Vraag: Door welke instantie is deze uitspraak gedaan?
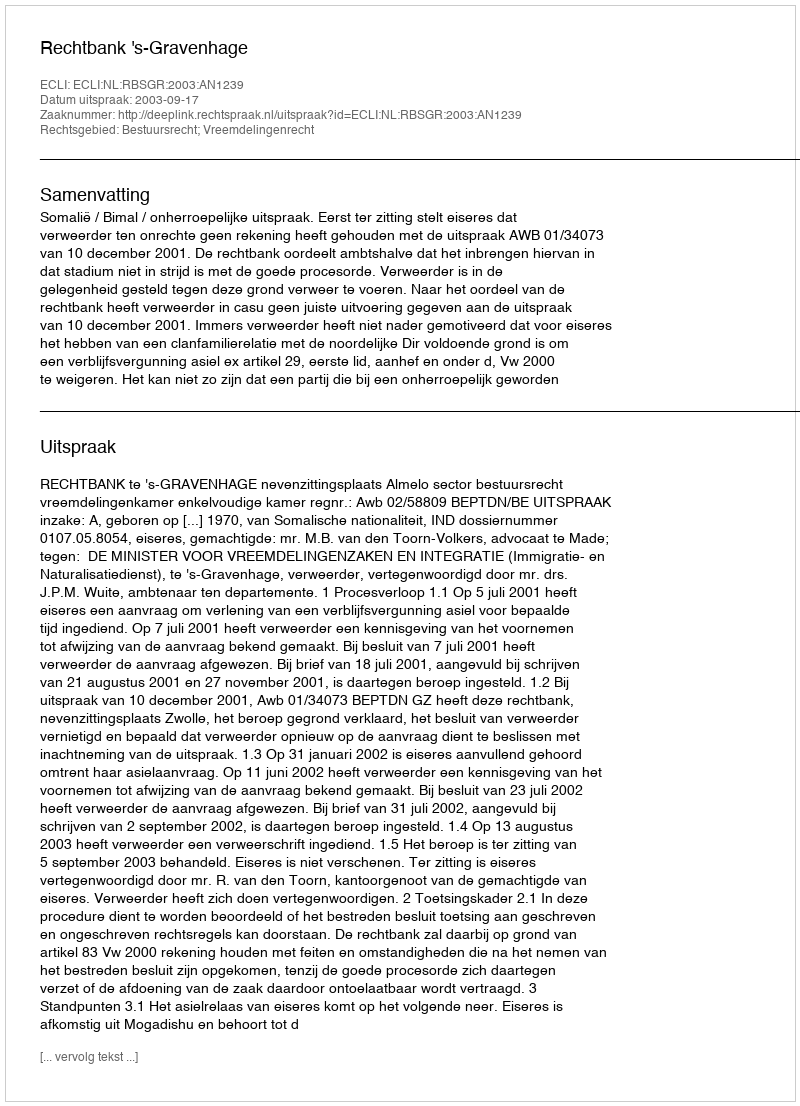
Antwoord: Rechtbank 's-Gravenhage